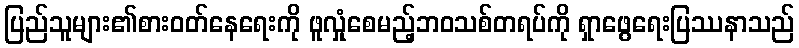
ပြည်သူများ၏စားဝတ်နေရေးကို ဖူလှုံစေမည့်ဘဝသစ်တရပ်ကို ရှာဖွေရေးပြဿနာသည်